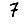
Digit: 7